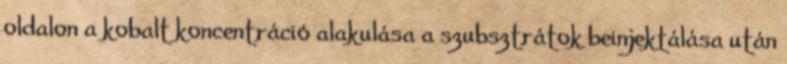
oldalon a kobalt koncentráció alakulása a szubsztrátok beinjektálása után